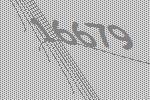
16679